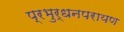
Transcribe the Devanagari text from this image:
प्रभुर्धनपरायण